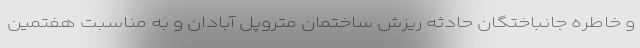
و خاطره جانباختگان حادثه ریزش ساختمان متروپل آبادان و به مناسبت هفتمین